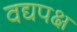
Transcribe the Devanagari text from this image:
वद्यपक्ष